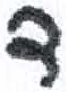
אות: ד